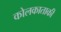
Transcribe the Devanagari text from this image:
कोलकाताकी